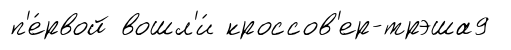
п'е́рвой вошл'и́ кроссов'ер-трэша9